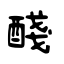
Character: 醆